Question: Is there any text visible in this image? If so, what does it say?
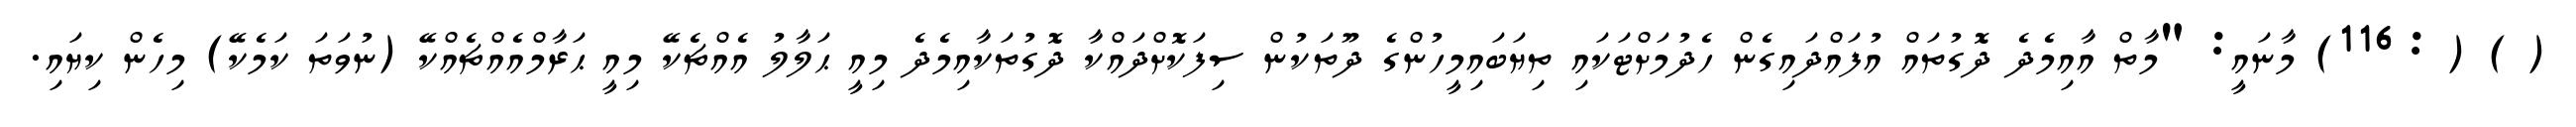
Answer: ( ) ( :116) މާނައީ: "މާތް އާއިމެދެ ދޮގުތައް އުފައްދައިގެން ހެދުމަށްޓަކައި ތިޔަބައިމީހުންގެ ދޫތަކުން ސިފަކޮށްދައްކާ ދޮގުތަކާއިމެދެ މިއީ ޙަލާލު އެއްޗެކޭ މިއީ ޙަރާމްއެއްޗެއްކޭ (ނުވަތަ ކަމެކޭ) މިހެން ކިޔައި.